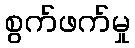
စွက်ဖက်မှု